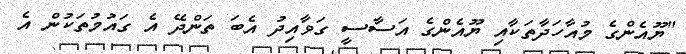
"ޔޫއެންގެ މުއާހަދާތަކާއި ޔޫއެންގެ އަސާސީ ގަވާއިދު އެބަ ތަންދޭ އެ ގައުމުތަކުން އެ